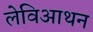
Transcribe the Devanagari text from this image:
लेविआथन